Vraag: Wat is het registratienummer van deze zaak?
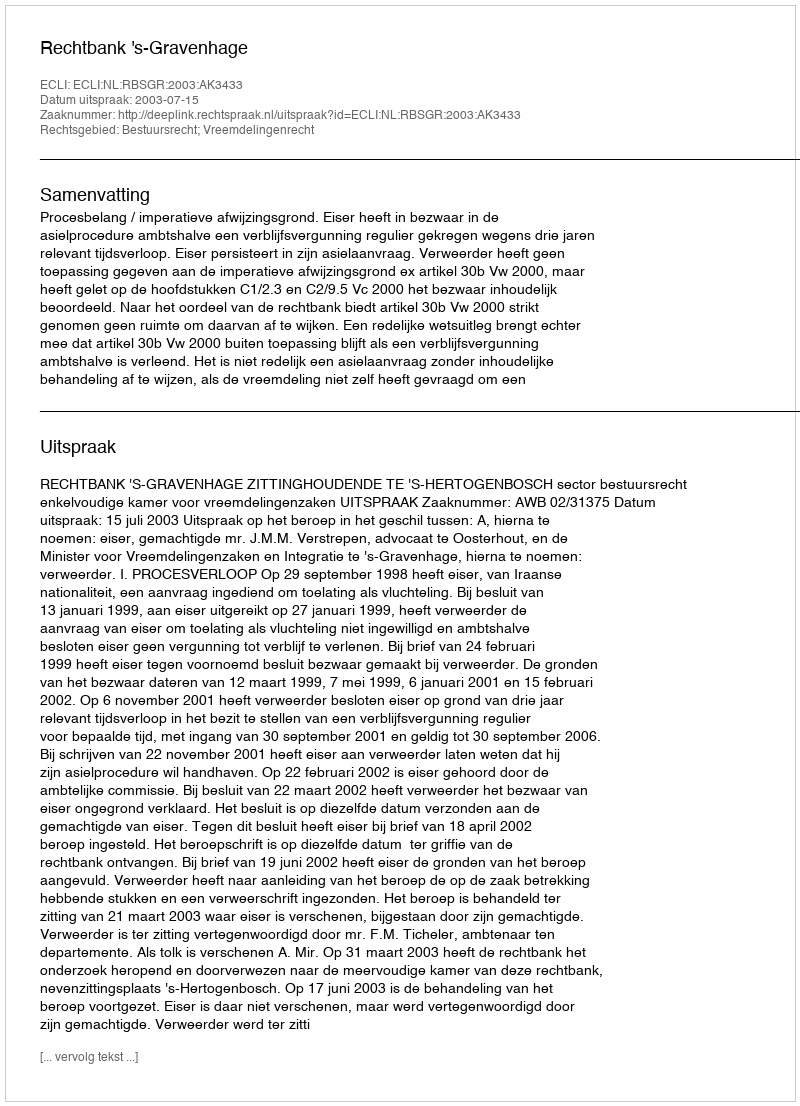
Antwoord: http://deeplink.rechtspraak.nl/uitspraak?id=ECLI:NL:RBSGR:2003:AK3433